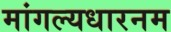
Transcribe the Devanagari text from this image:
मांगल्यधारनम